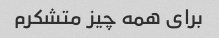
برای همه چیز متشکرم